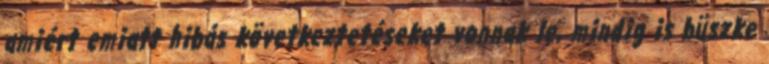
amiért emiatt hibás következtetéseket vonnak le, mindig is büszke